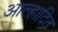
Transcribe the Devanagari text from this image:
आल्हादित